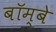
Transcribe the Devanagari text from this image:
बॉम्‍बे